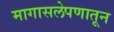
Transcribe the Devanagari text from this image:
मागासलेपणातून